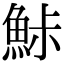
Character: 鮛